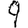
Digit: 9